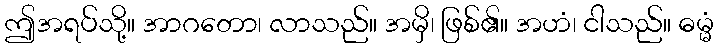
ဤအရပ်သို့။ အာဂတော၊ လာသည်။ အမှိ၊ ဖြစ်၏။ အဟံ၊ ငါသည်။ ဓမ္မံ